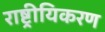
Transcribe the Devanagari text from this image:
राष्ट्रीयिकरण